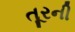
તૂરની